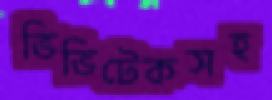
ভিভিটেকসহ